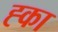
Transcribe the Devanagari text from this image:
ह्का